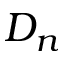
D _ { n }